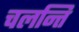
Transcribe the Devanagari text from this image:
चलन्ति